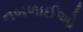
નબળાઈઓ